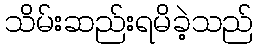
သိမ်းဆည်းရမိခဲ့သည်